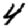
Digit: 4